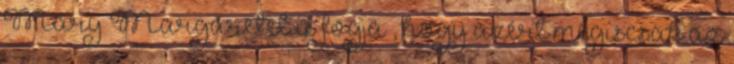
Mary Margaretet is fogja , hogy azért mégiscsak az